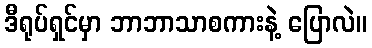
ဒီရုပ်ရှင်မှာ ဘာဘာသာစကားနဲ့ ပြောလဲ။